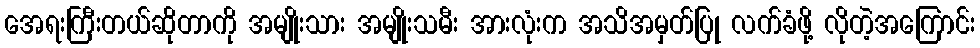
အေရးကြီးတယ်ဆိုတာကို အမျိုးသား အမျိုးသမီး အားလုံးက အသိအမှတ်ပြု လက်ခံဖို့ လိုတဲ့အကြောင်း